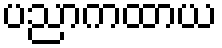
ပညာကထာယ